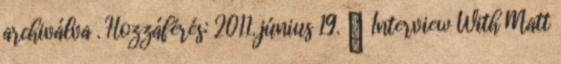
archiválva . Hozzáférés: 2011. június 19. ↑ Interview With Matt